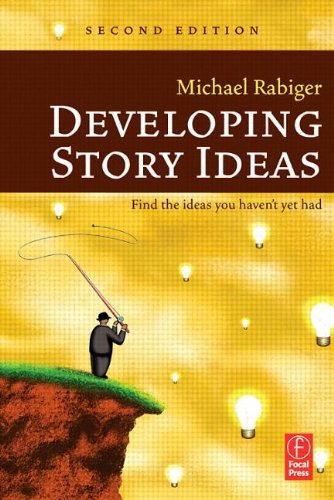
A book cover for Developing Story Ideas; Michael Rabiger; Humor & Entertainment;